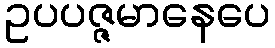
ဥပပဇ္ဇမာနေပေ